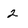
Character: 2